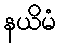
နယိမံ